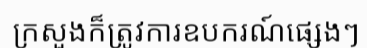
ក្រសួងក៏ត្រូវការឧបករណ៍ផ្សេងៗ